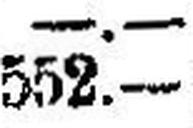
552.—